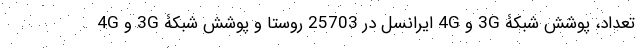
تعداد، پوشش شبکۀ 3G و 4G ایرانسل در 25703 روستا و پوشش شبکۀ 3G و 4G